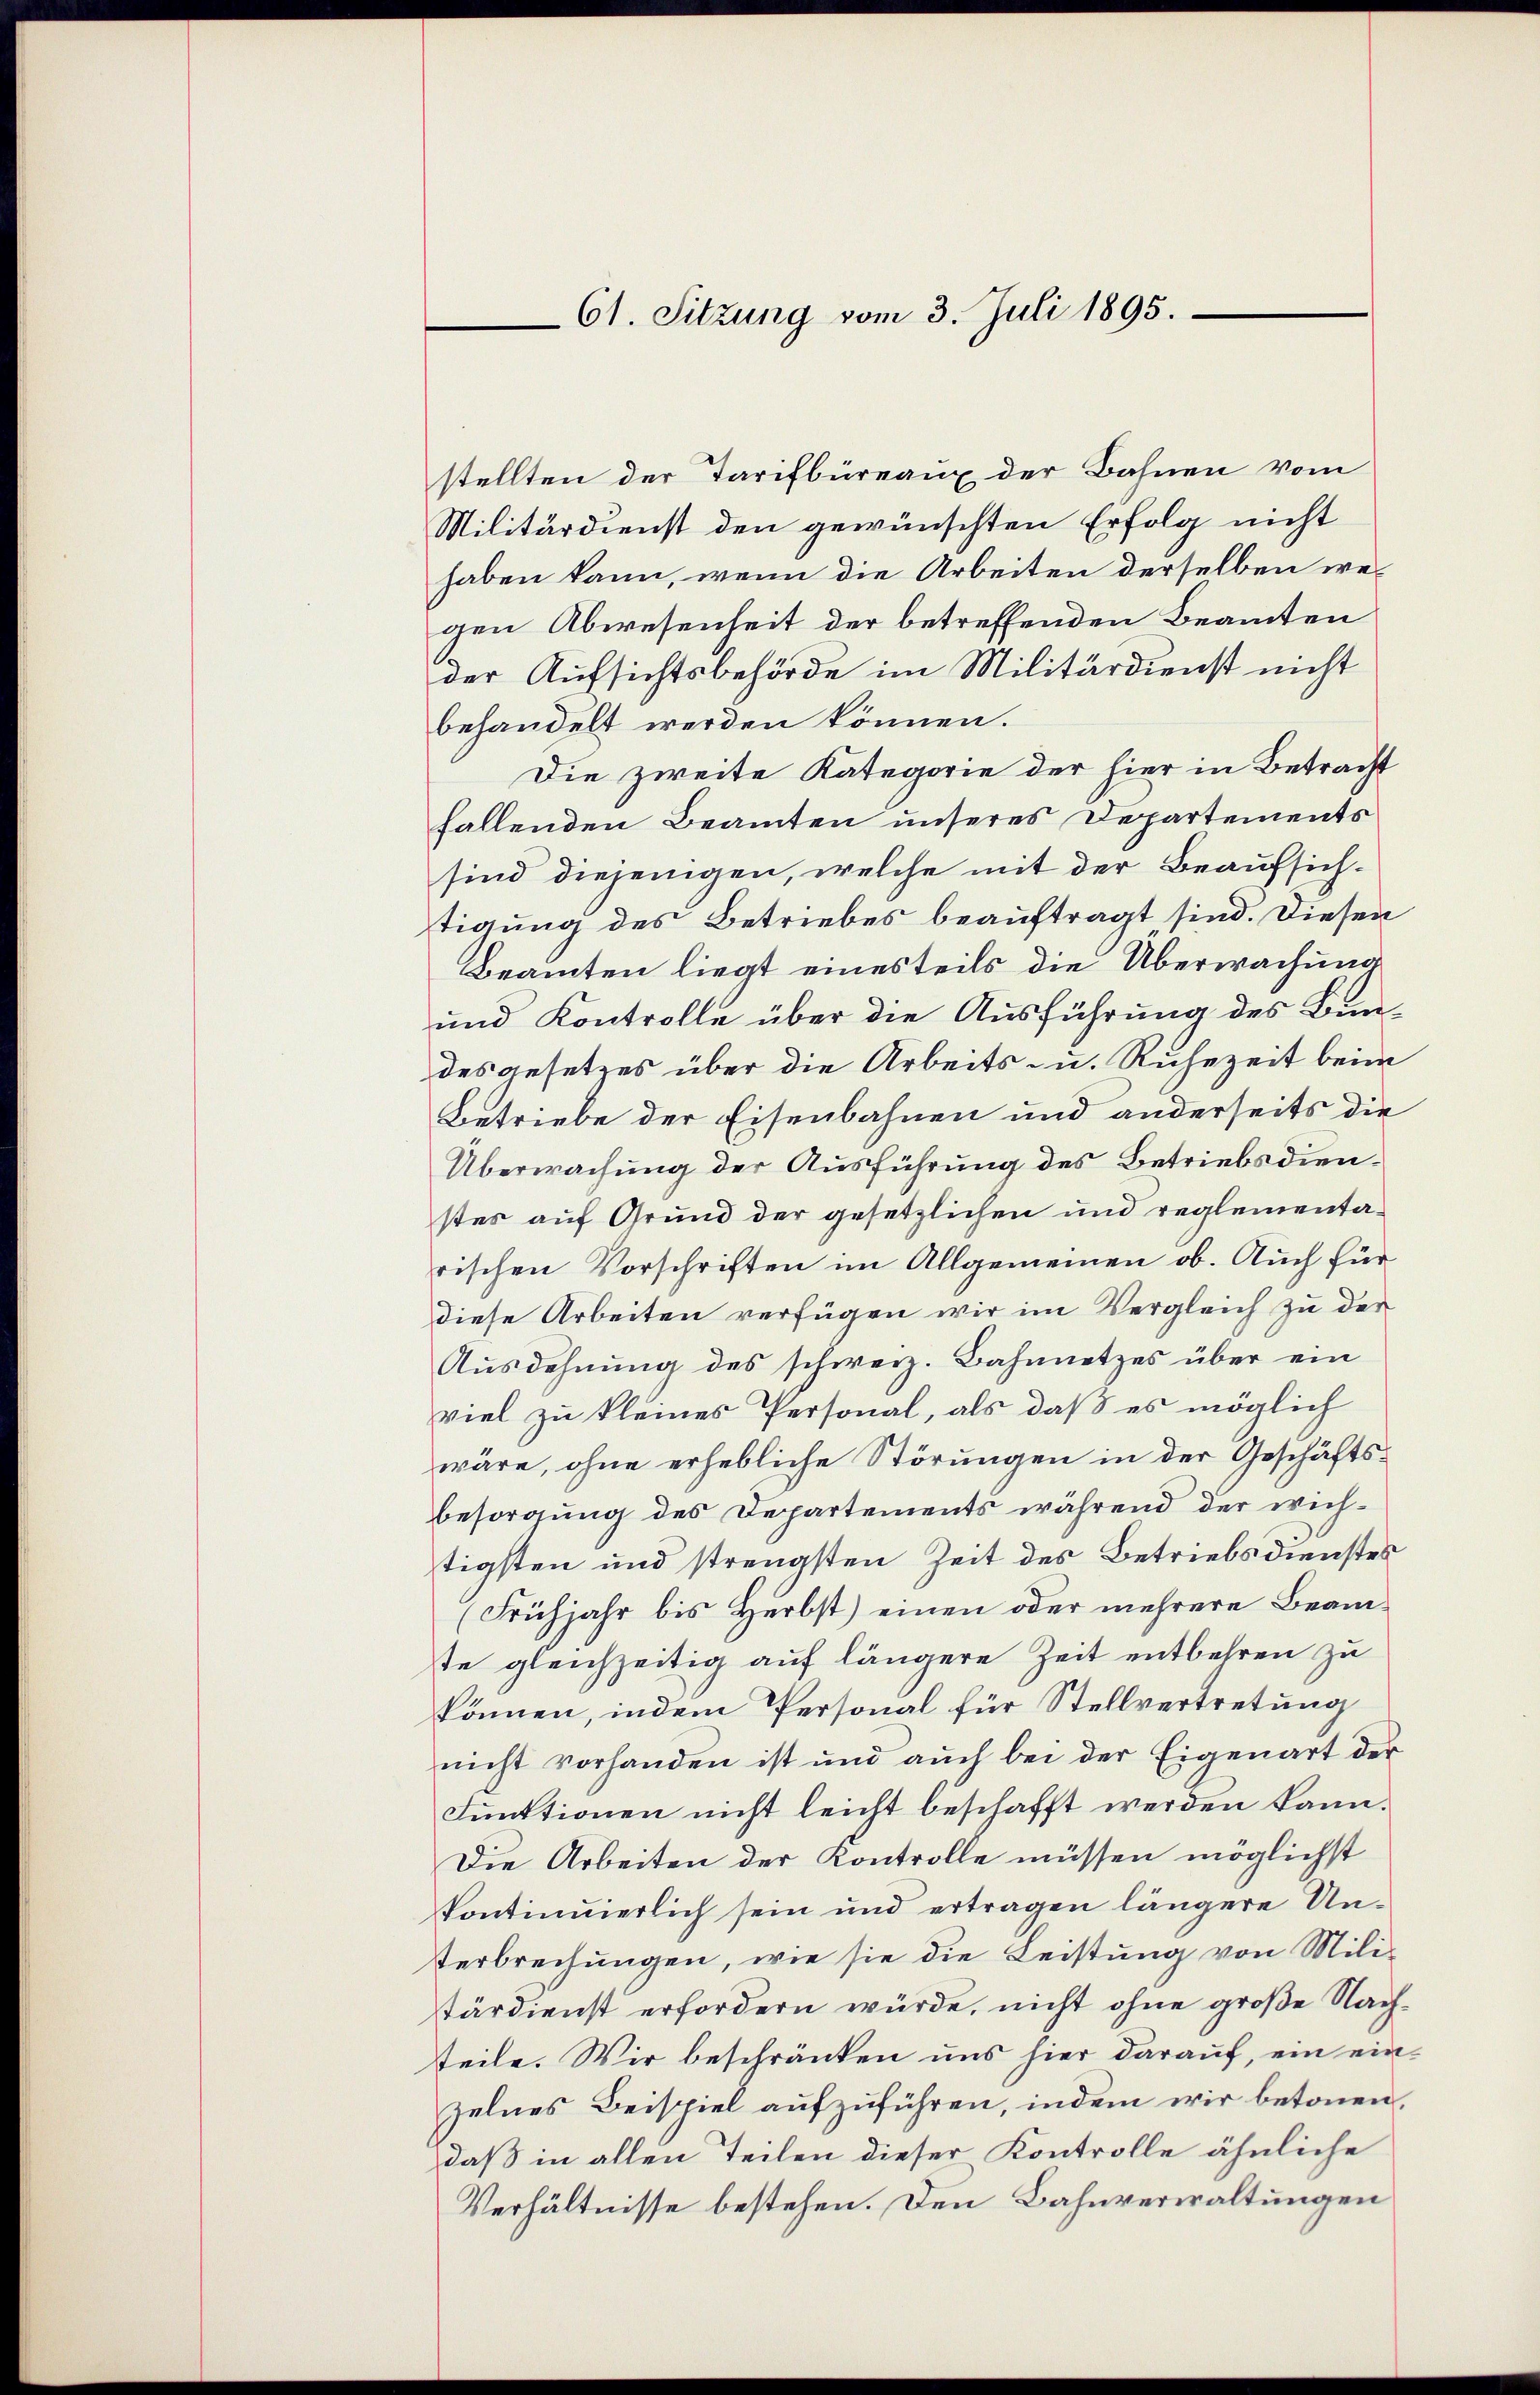
61. Sitzung vom 3. Juli 1895.

stellten der Tarifbüreaux der Bahnen vom
Militärdienst den gewünschten Erfolg nicht
haben kann, wenn die Arbeiten derselben welgen Abwesenheit der betreffenden Beamten
der Aufsichtsbehörde im Militärdienst nicht
behandelt werden können.
Die zweite Kategorie der hier in Betracht
fallenden Beamten unseres Departements
sind diejenigen, welche mit der Beaufsichtigung des Betriebes beauftragt sind. Diesen
Beamten liegt einesteils die Überwachung
und Kontrolle über die Ausführung des Bundes gesetzes über die Arbeits u. Ruhezeit beim
Betriebe der Eisenbahnen und anderseits die
Überwachung der Ausführung des Betriebsdienstes auf Grund der gesetzlichen und reglementarischen Vorschriften im Allgemeinen ob. Auch für
diese Arbeiten verfügen wir im Vergleich zu der
Ausdehnung des schweiz. Bahnnetzes über ein
viel zu kleines Personal, als daß es möglich
wäre, ohne erhebliche Störungen in der Geschäftsbesorgung des Departements während der wichtigsten und strengsten Zeit des Betriebsdienstes
(Frühjahr bis Herbst) einen oder mehrere Beamte gleichzeitig auf längere Zeit entbehren zu
können, indem Personal für Stellvertretung
nicht vorhanden ist und aŭch bei der Eigenart der
Funktionen nicht leicht beschafft werden kann.
Die Arbeiten der Kontrolle müssen möglichst
kontinuierlich sein und ertragen längere Un¬
Verbrechungen, wie sie die Leistung von Militärdienst erfordern würde, nicht ohne große Nachsteile. Wir beschränken uns hier darauf, ein einzelnes Beispiel aufzuführen, indem wir betonen,
daß in allen Teilen dieser Kontrolle ähnliche
Verhältnisse bestehen. Den Bahnverwaltungen